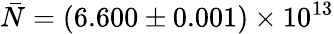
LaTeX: \bar{N}=(6.600\pm 0.001)\times 10^{13}